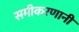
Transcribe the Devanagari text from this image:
समीकरणानी